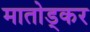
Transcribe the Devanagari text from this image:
मातोड्कर